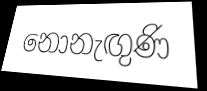
නොනැඟුණි